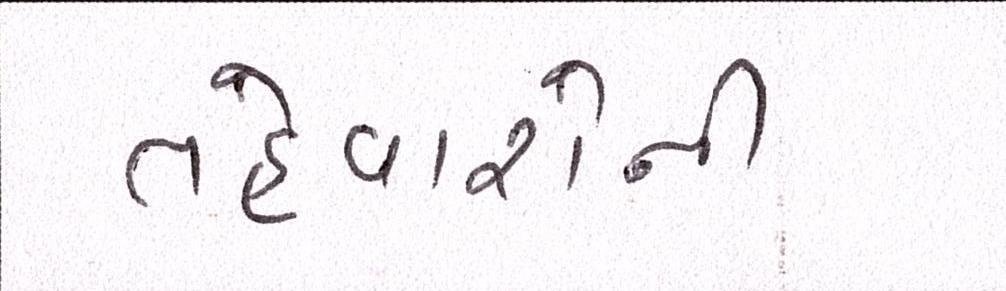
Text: તહેવારોની